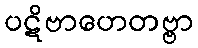
ပဋိဗာဟေတဗ္ဗာ